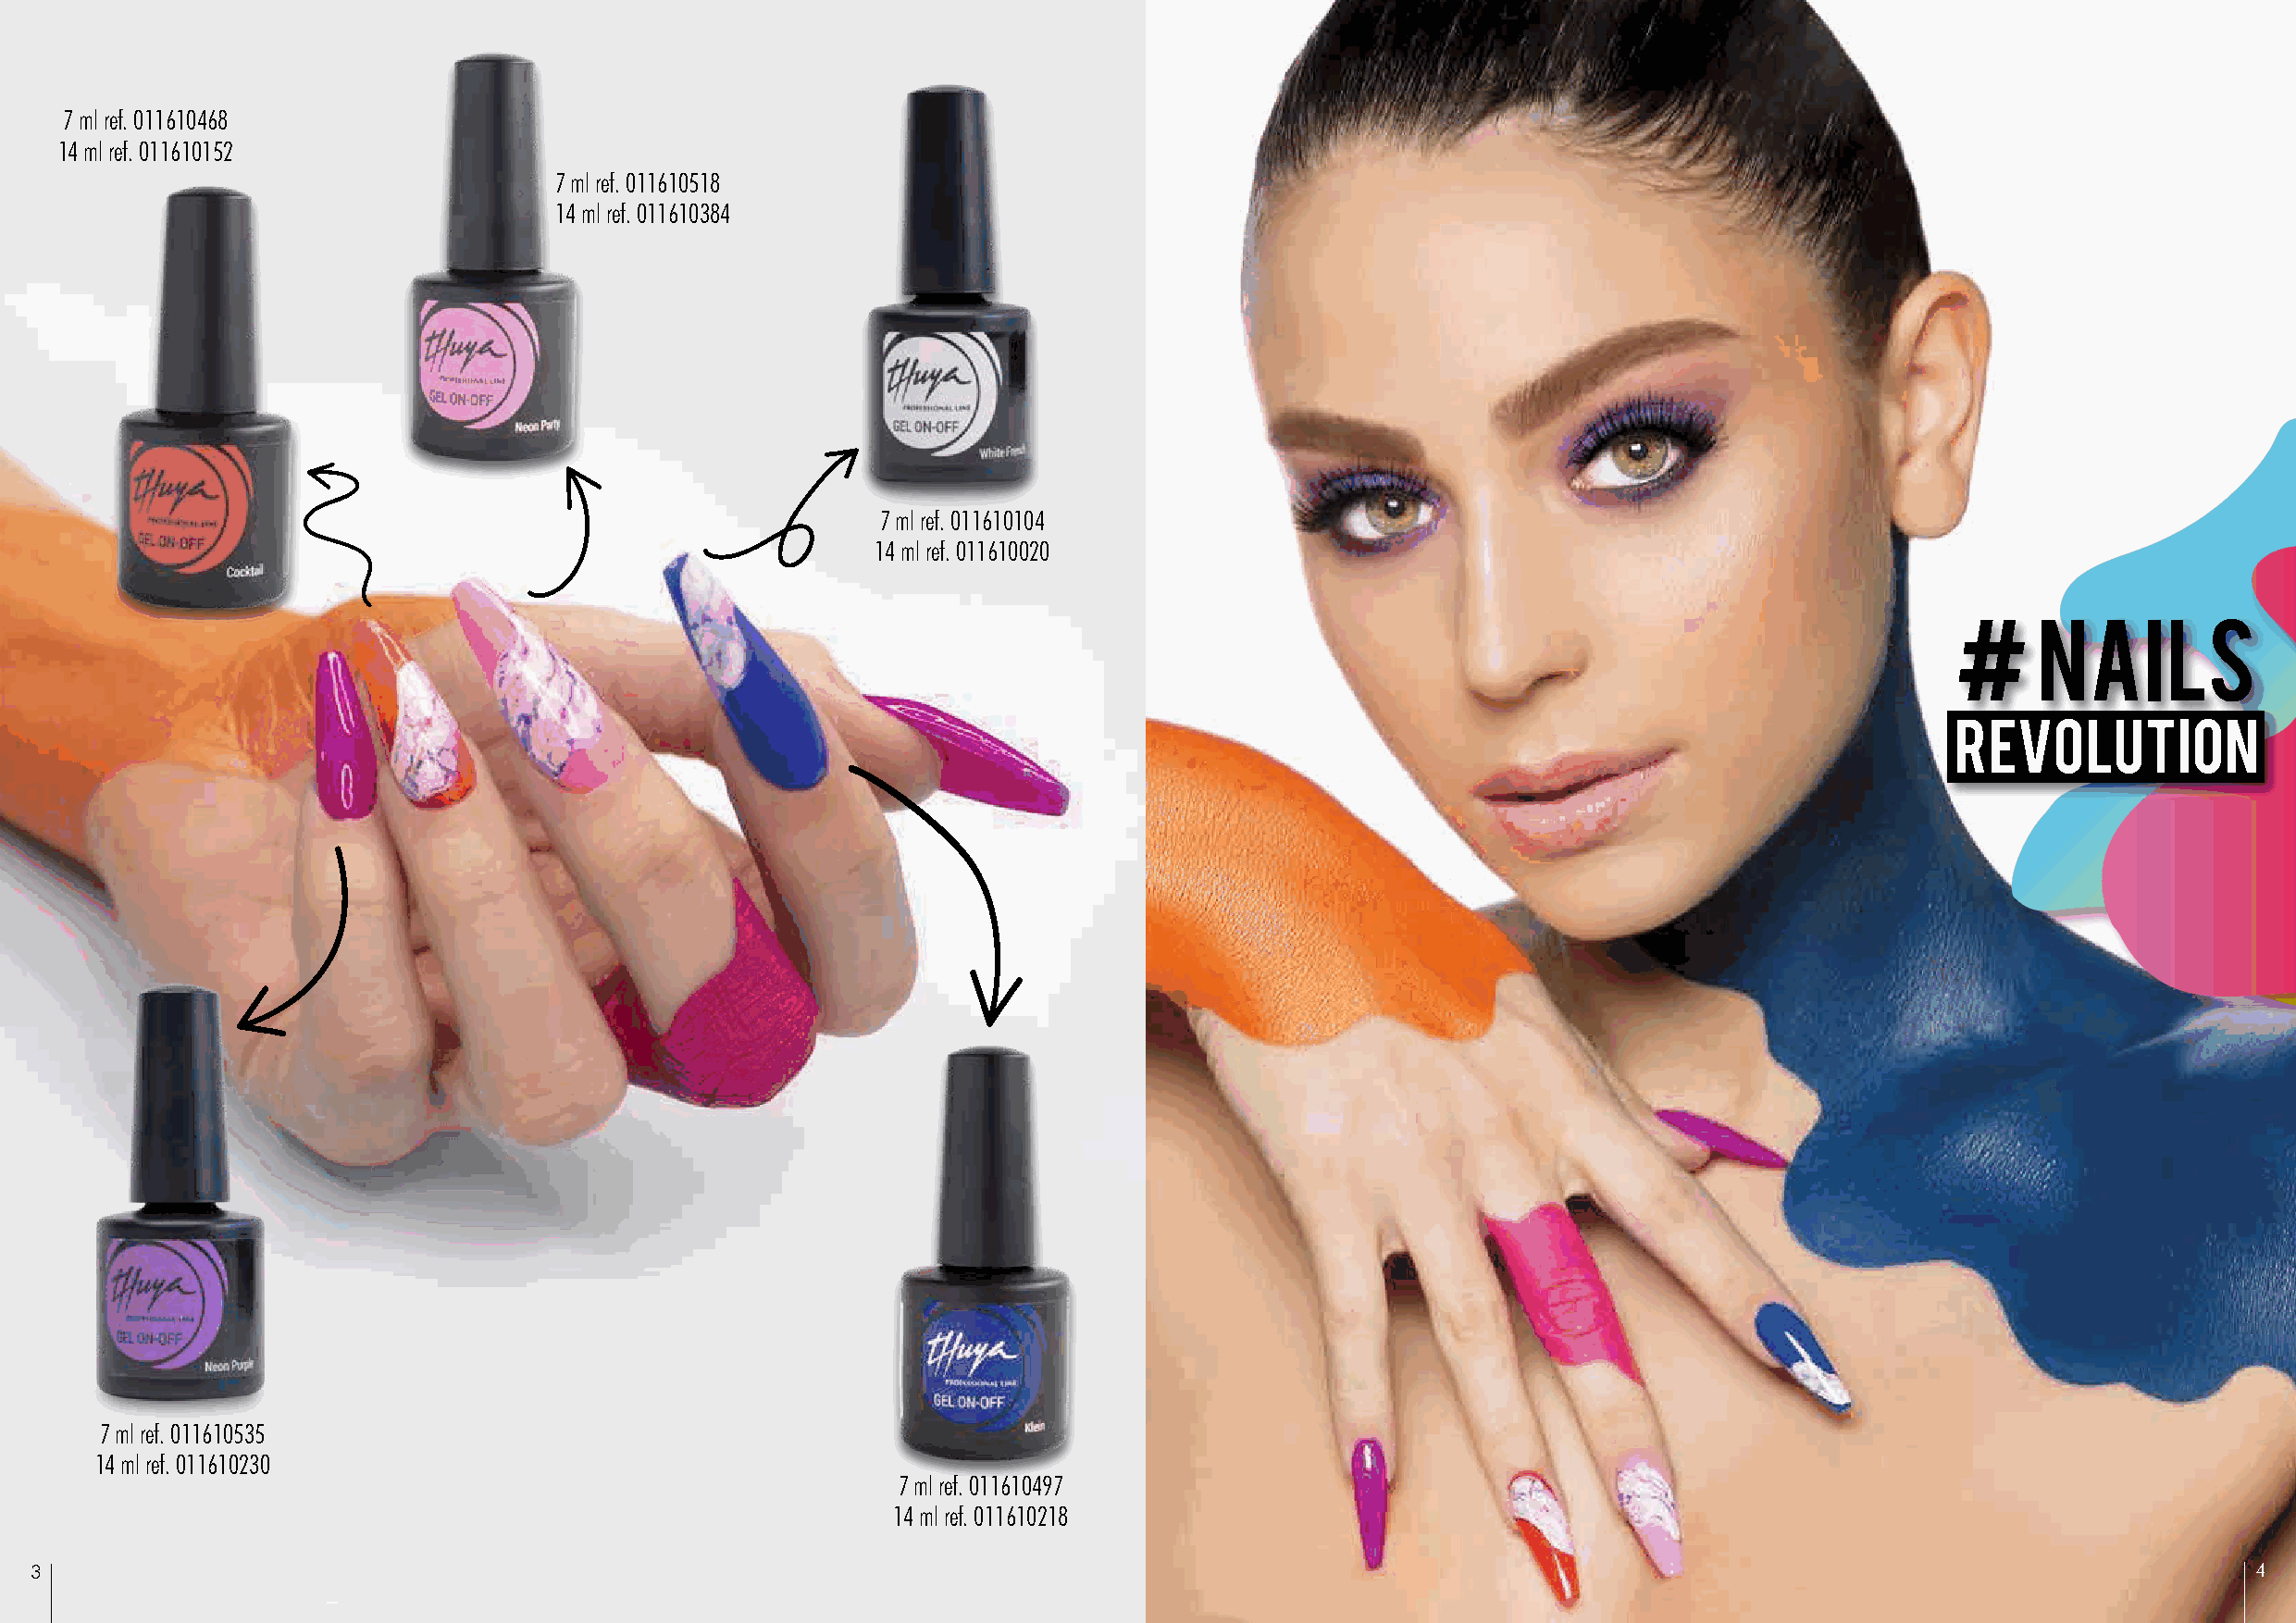
7 ml ref. 011610468
 14 ml ref. 011610152
 7 ml ref. 011610518
 14 ml ref. 011610384
 7 ml ref. 011610104
 14 ml ref. 011610020
 #     NAILS
 REVOLUTION
 7 ml ref. 011610535
 14 ml ref. 011610230
 7 ml ref. 011610497
 14 ml ref. 011610218
 3                                                                                                                                                              4